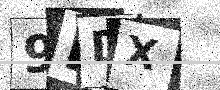
Text: 9BDX